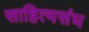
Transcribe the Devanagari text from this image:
साहित्यसंघ